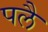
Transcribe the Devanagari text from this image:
पलै